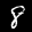
Label: 8